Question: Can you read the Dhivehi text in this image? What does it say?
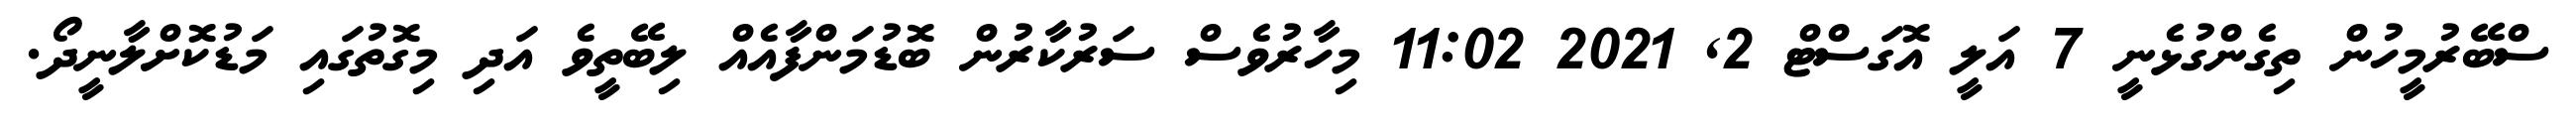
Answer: ސްބޭރުމީހުން ތިގެންގުޅެނީ 7 އަލީ އޮގަސްޓް 2, 2021 11:02 މިހާރުވެސް ސަރުކާރުން ބޮޑުމަންފާއެއް ލިބޭތީވެ އަދި މިގޮތުގައި މަޑުކޮށްލާނީދޯ.